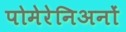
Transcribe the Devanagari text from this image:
पोमेरेनिअनों